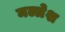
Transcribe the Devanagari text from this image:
मल्लेश